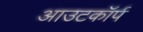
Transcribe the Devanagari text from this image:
आउटकॉर्प